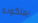
يملكونه